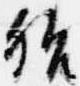
殆